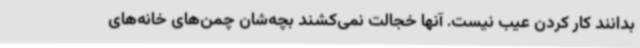
بدانند کار کردن عیب نیست. آنها خجالت نمی‌کشند بچه‌شان چمن‌های خانه‌های